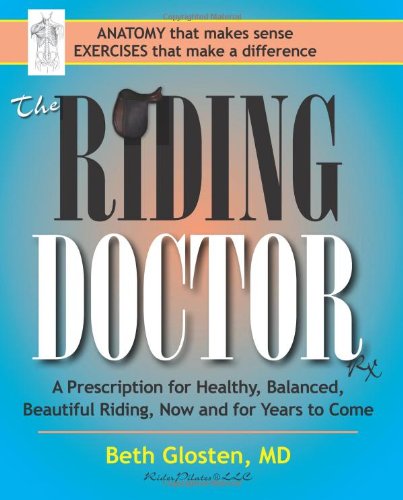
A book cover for The Riding Doctor: A Prescription for Healthy, Balanced, and Beautiful Riding, Now and for Years to Come; Beth Glosten; Crafts, Hobbies & Home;